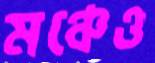
মঞ্চেও